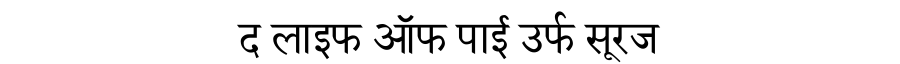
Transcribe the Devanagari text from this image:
द लाइफ ऑफ पाई उर्फ सूरज